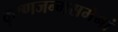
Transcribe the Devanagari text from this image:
कृष्णजन्मसमेनां